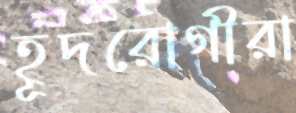
হূদরোগীরা